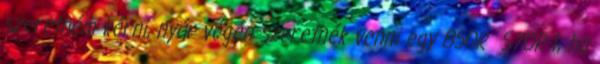
szeretném kérni, nyár végén szeretnék venni egy 850R S70R-t, ha